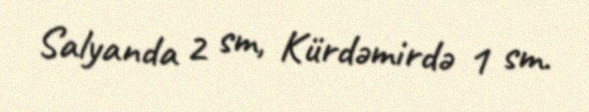
Salyanda 2 sm, Kürdəmirdə 1 sm.